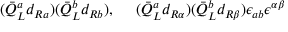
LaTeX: ( \bar { Q } _ { L } ^ { a } d _ { R a } ) ( \bar { Q } _ { L } ^ { b } d _ { R b } ) , ~ ~ ~ ~ ( \bar { Q } _ { L } ^ { a } d _ { R \alpha } ) ( \bar { Q } _ { L } ^ { b } d _ { R \beta } ) \epsilon _ { a b } \epsilon ^ { \alpha \beta }